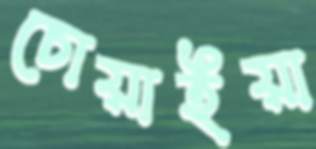
চোয়াইয়া